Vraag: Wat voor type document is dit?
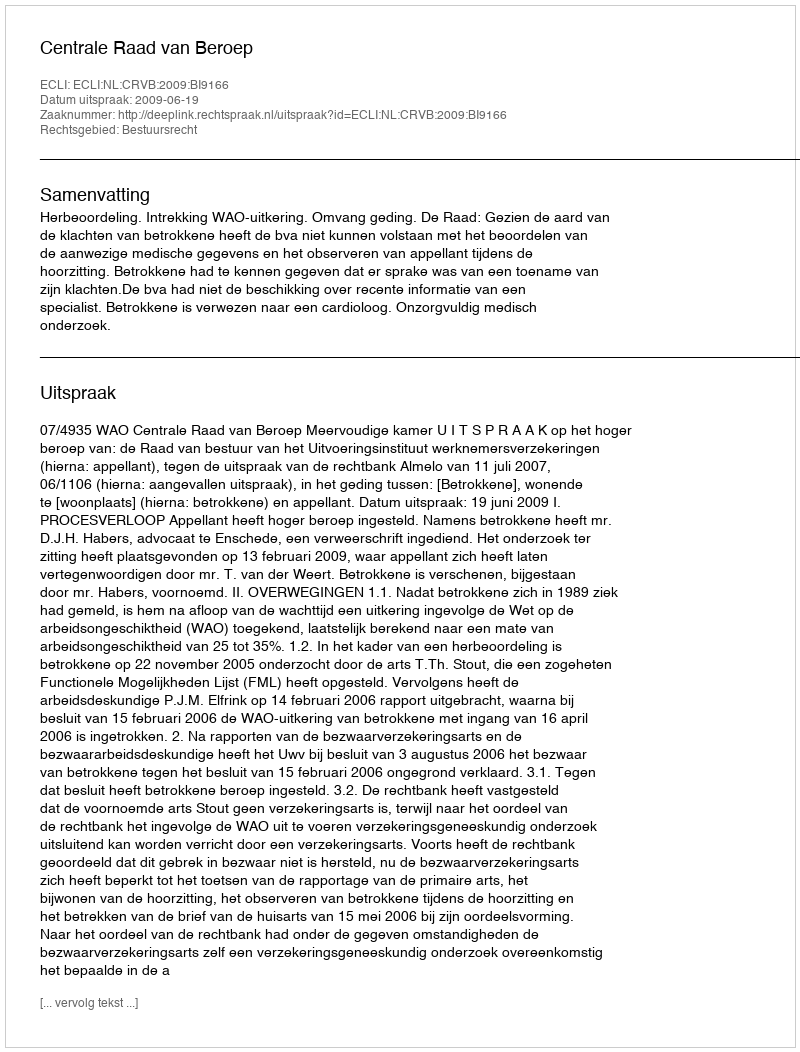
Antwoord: Uitspraak